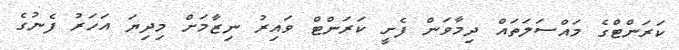
ކަރަންޓްގެ މައްސަލަތައް ދިމާވަން ފެށީ ކަރަންޓް ވައިރު ނިޒާމަށް މިދިޔަ އަހަރު ފެނުގެ